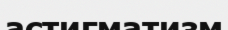
астигматизм